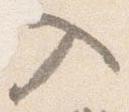
入